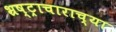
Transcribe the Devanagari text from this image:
भ्रष्ट्राचाराच्या